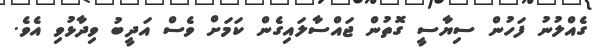
ގެއްލުނު ފަހުން ސިޔާސީ ގޮތުން ޖައްސާލައިގެން ކަމަށް ވެސް އަދީބު ވިދާޅުވި އެވެ.